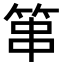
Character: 𥭾